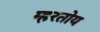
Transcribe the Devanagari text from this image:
म्हरतोय